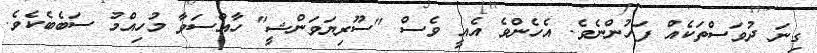
ގިނަ ދުވަސްތަކެއް ފަހުންނެވެ. އެހެންވެ އެއީ ވެސް "ސޫރިޔަވަންޝީ" ހާއްސަވާ މުހިއްމު ސަބެބެކެވެ.